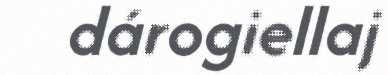
dárogiellaj